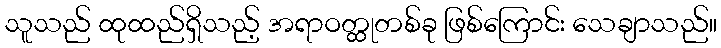
သူသည် ထုထည်ရှိသည့် အရာဝတ္ထုတစ်ခု ဖြစ်ကြောင်း သေချာသည်။